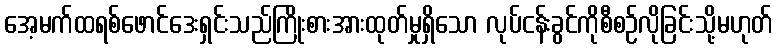
အေ့မက်ထရစ်ဖောင်ဒေးရှင်းသည်ကြိုးစားအားထုတ်မှုရှိသော လုပ်ငန်းခွင်ကိုစီစဉ်လိုခြင်းသို့မဟုတ်